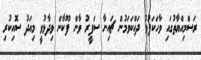
ރަސްމިއްޔާތުގައި ވާހަކަފުޅު ދައްކަވަމުން ޗައިނާ ސަފީރު ވާން ފޫކާން ވިދާޅުވީ މިއަދު ސޮއިކުރި